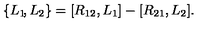
\{ L _ { 1 } \! , L _ { 2 } \} = [ R _ { 1 2 } , L _ { 1 } ] - [ R _ { 2 1 } , L _ { 2 } ] .